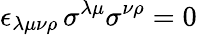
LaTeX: \epsilon_{\lambda\mu\nu\rho}\, \sigma^{\lambda\mu}\sigma^{\nu\rho}=0